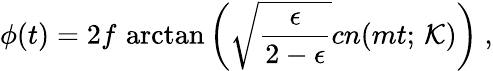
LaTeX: \phi(t)=2f\, \arctan\left(\sqrt{\frac{\epsilon}{2-\epsilon}}cn(mt;\, {\cal K})\right)\ ,